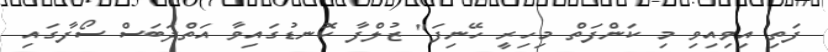
ފަތި އިވިއިވި މި ކަންފަތް މިހިރީ ހޭނިފަ" ޒުލްފާ ކޮނޑުގައިވާ އަތްދަބަސް ސޯފާގައި